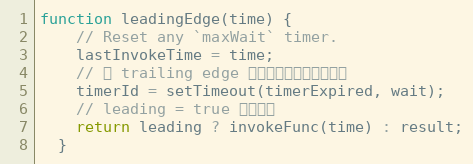
Language: JavaScript
function leadingEdge(time) {
    // Reset any `maxWait` timer.
    lastInvokeTime = time;
    // 为 trailing edge 触发函数调用设定定时器
    timerId = setTimeout(timerExpired, wait);
    // leading = true 执行函数
    return leading ? invokeFunc(time) : result;
  }